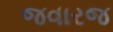
જવારજ